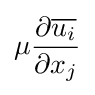
\mu {\frac {\partial {\overline {u_{i}}}}{\partial x_{j}}}